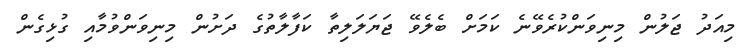
މިއަދު ޖަލުން މިނިވަންކުރެވޭނެ ކަމަށް ބެލެވޭ ޖަޔަލަލިތާ ކަފާލާތުގެ ދަށުން މިނިވަންވުމާއި ގުޅިގެން